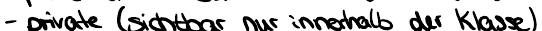
- private (sichtbar nur innerhalb der Klasse)